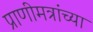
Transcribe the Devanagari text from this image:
प्राणीमत्रांच्या